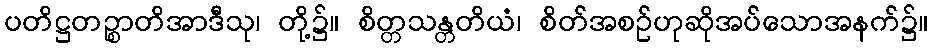
ပတိဋ္ဌတဉ္စာတိအာဒီသု၊ တို့၌။ စိတ္တသန္တတိယံ၊ စိတ်အစဉ်ဟုဆိုအပ်သောအနက်၌။